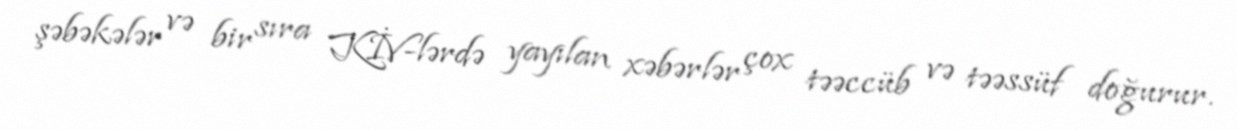
şəbəkələr və bir sıra KİV-lərdə yayılan xəbərlər çox təəccüb və təəssüf doğurur.